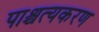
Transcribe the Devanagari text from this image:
पाश्चत्यकरण